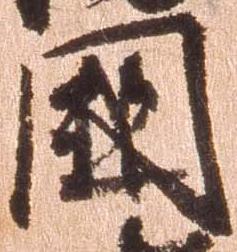
国